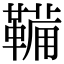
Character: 鞴